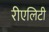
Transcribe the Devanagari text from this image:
रीएलिटी